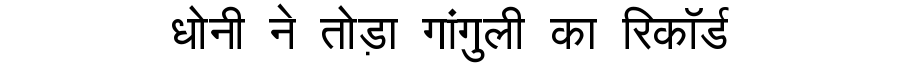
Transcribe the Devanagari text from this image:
धोनी ने तोड़ा गांगुली का रिकॉर्ड